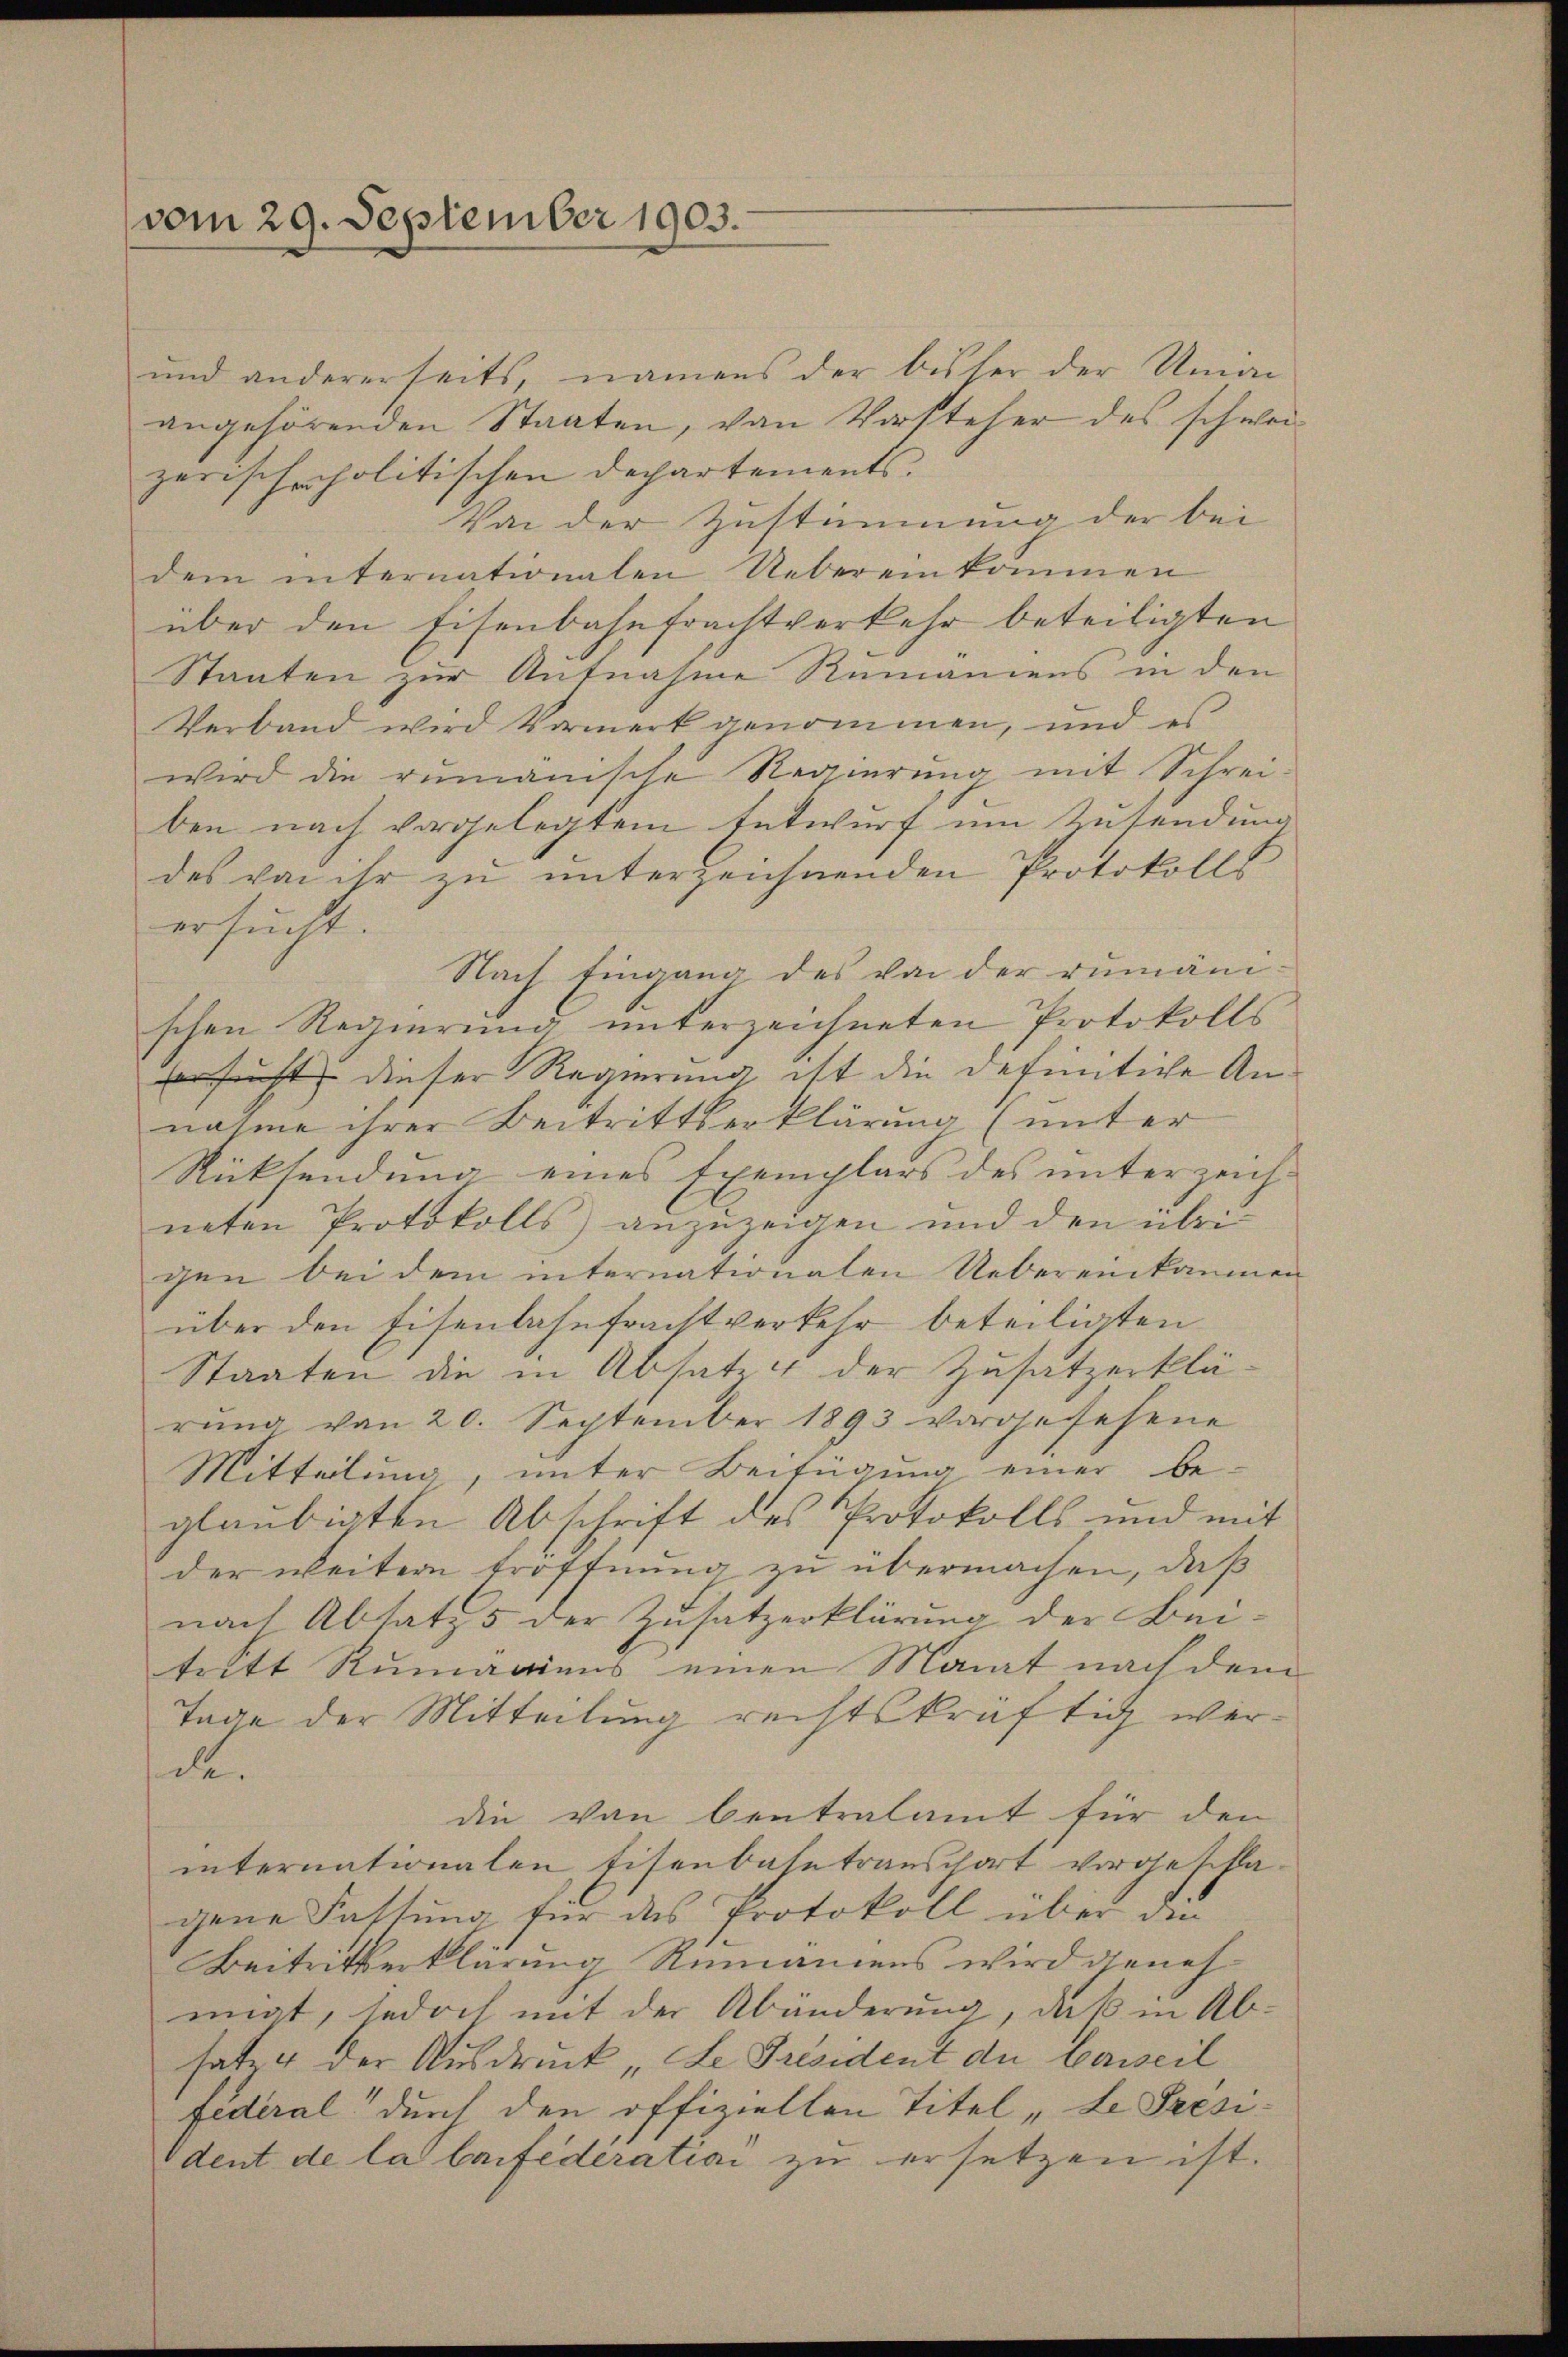
vom 29. September 1903.

und andererseits, namens der bisher der Uma
angehörenden Staaten, von Vorsteher des schweizerischerpolitischen Dechartements.
Von der Zustimmung der bei
dem internationalen Uebereinkommen
über den Eisenbahnfrachtverkehr beteiligten
Staaten zur Aufnahme Remaniens in den
Verband wird Vormerk genommen, und es
wird die remanische Regierŭng mit Schrei-
ben nach vorgelegtem Entwurf um Zusendung
des von ihr zu unterzeichnenden Protokolls
ersucht.
Nach Eingang des von der rumänischen Regierung unterzeichneten Protokolls
ersucht, dieser Regierung ist die definitiche Annahme ihrer Beitrittserklärung (unter
Rücksendung eines Exemplars des unterzeichneten Protokolls anzuzeigen und den übri
gen bei dem internationalen Uebereinkammen
über den Eisenbahnfrachtverkehr beteiligten
Staaten die in Absatze der Zusatzerklärŭng von 20. September 1893 vorgesehene
Mitteilung, unter Beifügung einer be-
glaubigten Abschrift des Protokolls und mit
der weitern Eröffnung zu übermachen, daß
nach Absatz 5 der Zusatzerklärung der Beitritt Rumaniens einen Monat nach dem
Tage der Mitteilung rechtskräftig werd.
die von Centralamt für den
internationalen Eisenbahntransport vorgeschlagene Fassung für das Protokoll über die
Beitritterklärung Rumaniens wird dienehmigt, jedoch mit der Abänderung, daß in Absatze der Ausdruck „Le Président der Oberseil
federal durch den offiziellen Titel „Le President de la laifederatian zu ersetzen ist.